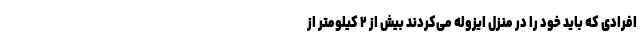
افرادی که باید خود را در منزل ایزوله می‌کردند بیش از ۲ کیلومتر از